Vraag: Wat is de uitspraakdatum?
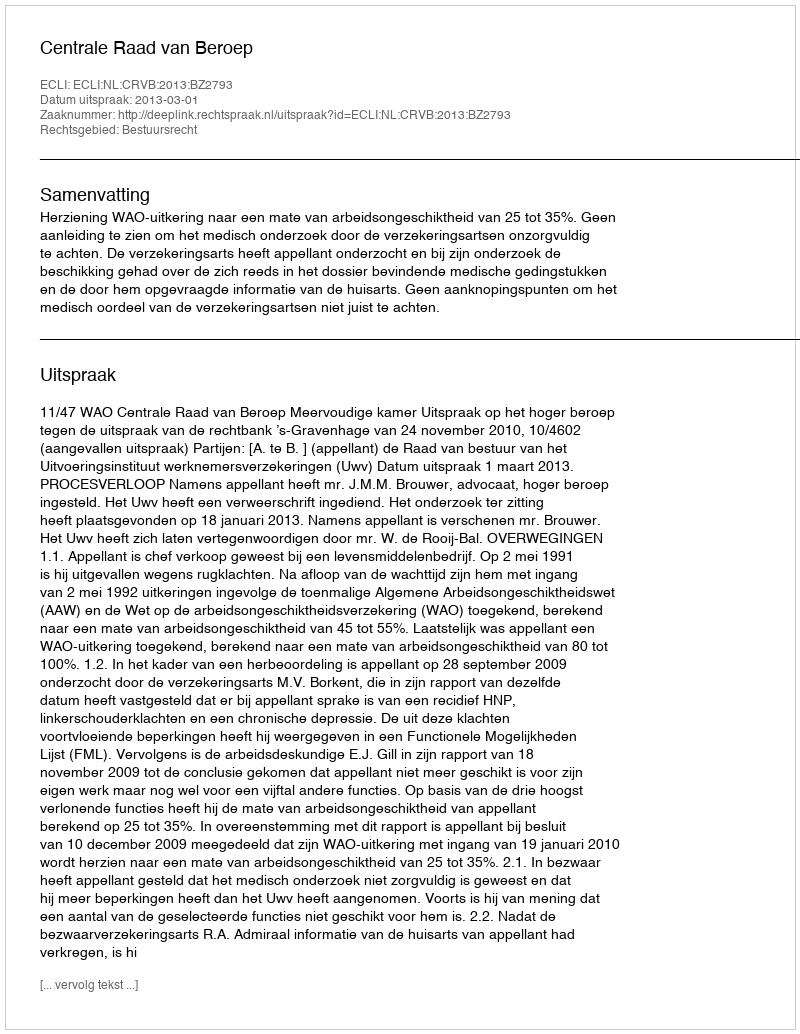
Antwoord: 2013-03-01